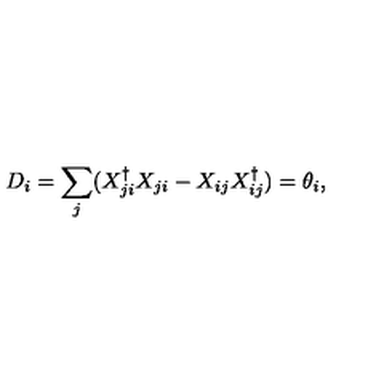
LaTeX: D _ { i } = \sum _ { j } ( X _ { j i } ^ { \dagger } X _ { j i } - X _ { i j } X _ { i j } ^ { \dagger } ) = \theta _ { i } ,